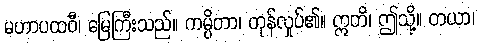
မဟာပထဝီ၊ မြေကြီးသည်။ ကမ္ပိတာ၊ တုန်လှုပ်၏။ ဣတိ၊ ဤသို့။ တယာ၊